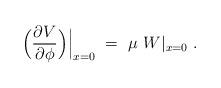
LaTeX: \begin{align*}\Big( {\partial V \over \partial \phi} \Big)\Big|_{x=0} ~=~\mu~ W|_{x=0} \ .\end{align*}